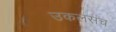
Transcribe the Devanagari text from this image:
उकलसंच